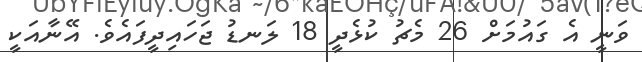
ވަނީ އެ ގައުމަށް 26 މެޗު ކުޅެދީ 18 ލަނޑު ޖަހައިދީފައެވެ. އޭނާއަކީ